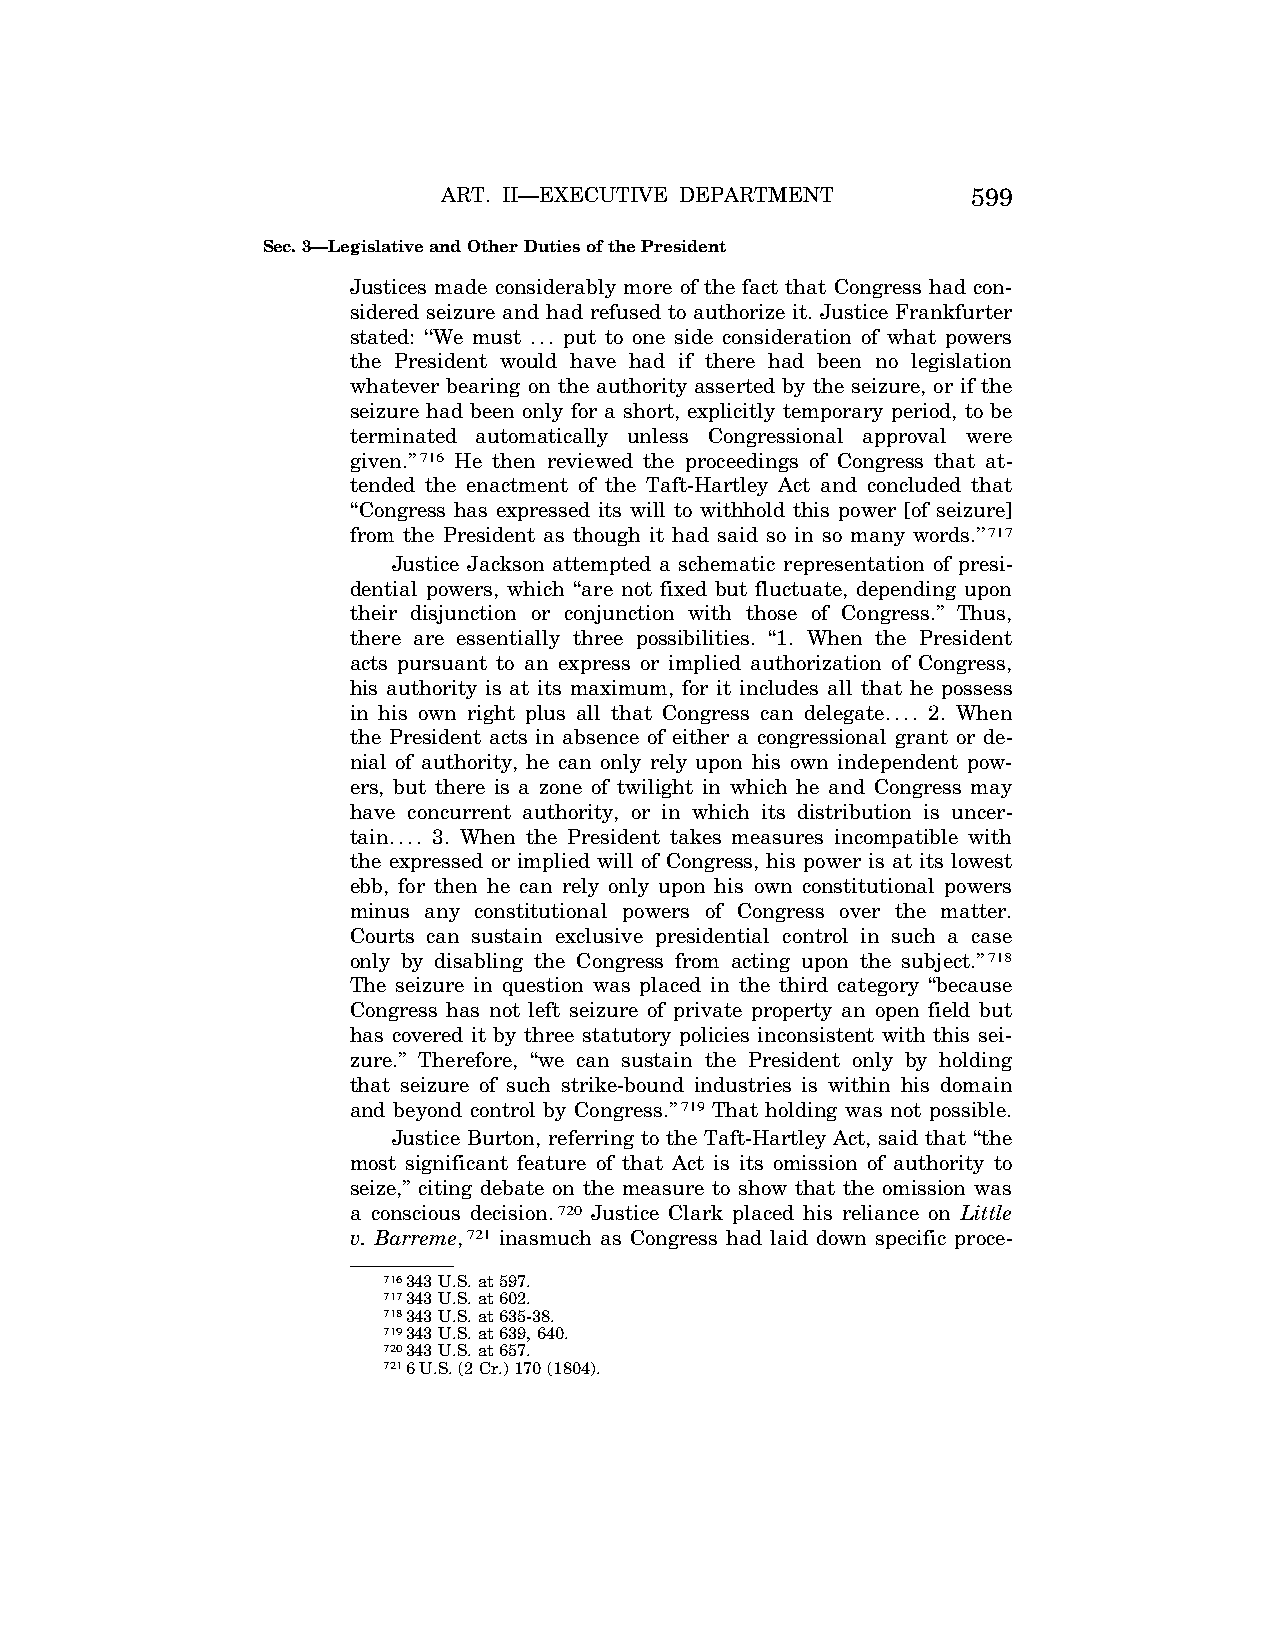
ART. II—EXECUTIVE DEPARTMENT       599
 Sec. 3—Legislative and Other Duties of the President
 Justices made considerably more of the fact that Congress had con-
 sidered seizure and had refused to authorize it. Justice Frankfurter
 stated: ‘‘We must ... put to one side consideration of what powers
 the President would have had if there had been no legislation
 whatever bearing on the authority asserted by the seizure, or if the
 seizure had been only for a short, explicitly temporary period, to be
 terminated automatically unless Congressional approval were
 given.’’716 He then reviewed the proceedings of Congress that at-
 tended the enactment of the Taft-Hartley Act and concluded that
 ‘‘Congress has expressed its will to withhold this power [of seizure]
 from the President as though it had said so in so many words.’’717
 Justice Jackson attempted a schematic representation of presi-
 dential powers, which ‘‘are not fixed but fluctuate, depending upon
 their disjunction or conjunction with those of Congress.’’ Thus,
 there are essentially three possibilities. ‘‘1. When the President
 acts pursuant to an express or implied authorization of Congress,
 his authority is at its maximum, for it includes all that he possess
 in his own right plus all that Congress can delegate.... 2. When
 the President acts in absence of either a congressional grant or de-
 nial of authority, he can only rely upon his own independent pow-
 ers, but there is a zone of twilight in which he and Congress may
 have concurrent authority, or in which its distribution is uncer-
 tain.... 3. When the President takes measures incompatible with
 the expressed or implied will of Congress, his power is at its lowest
 ebb, for then he can rely only upon his own constitutional powers
 minus any constitutional powers of Congress over the matter.
 Courts can sustain exclusive presidential control in such a case
 only by disabling the Congress from acting upon the subject.’’718
 The seizure in question was placed in the third category ‘‘because
 Congress has not left seizure of private property an open field but
 has covered it by three statutory policies inconsistent with this sei-
 zure.’’ Therefore, ‘‘we can sustain the President only by holding
 that seizure of such strike-bound industries is within his domain
 and beyond control by Congress.’’719 That holding was not possible.
 Justice Burton, referring to the Taft-Hartley Act, said that ‘‘the
 most significant feature of that Act is its omission of authority to
 seize,’’ citing debate on the measure to show that the omission was
 a conscious decision.720 Justice Clark placed his reliance on Little
 v. Barreme,721 inasmuch as Congress had laid down specific proce-
 716343 U.S. at 597.
 717343 U.S. at 602.
 718343 U.S. at 635-38.
 719343 U.S. at 639, 640.
 720343 U.S. at 657.
 7216 U.S. (2 Cr.) 170 (1804).
 VerDate Aug<04>2004 13:21 Oct 06, 2004 Jkt 077500 PO 00000 Frm 00167 Fmt 8222 Sfmt 8222 C:\CONAN\CON011.SGM PRFM99 PsN: CON011